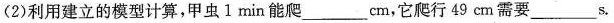
(2)利用建立的模型计算，甲虫1min能爬___cm，它爬行49cm需要___s。